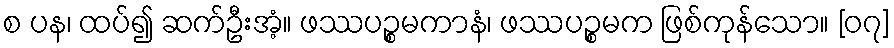
စ ပန၊ ထပ်၍ ဆက်ဦးအံ့။ ဖဿပဉ္စမကာနံ၊ ဖဿပဉ္စမက ဖြစ်ကုန်သော။ [၀၇]